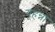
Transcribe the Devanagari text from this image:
यूहन्ना